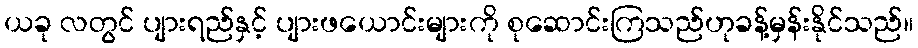
ယခု လတွင် ပျားရည်နှင့် ပျားဖယောင်းများကို စုဆောင်းကြသည်ဟုခန့်မှန်းနိုင်သည်။